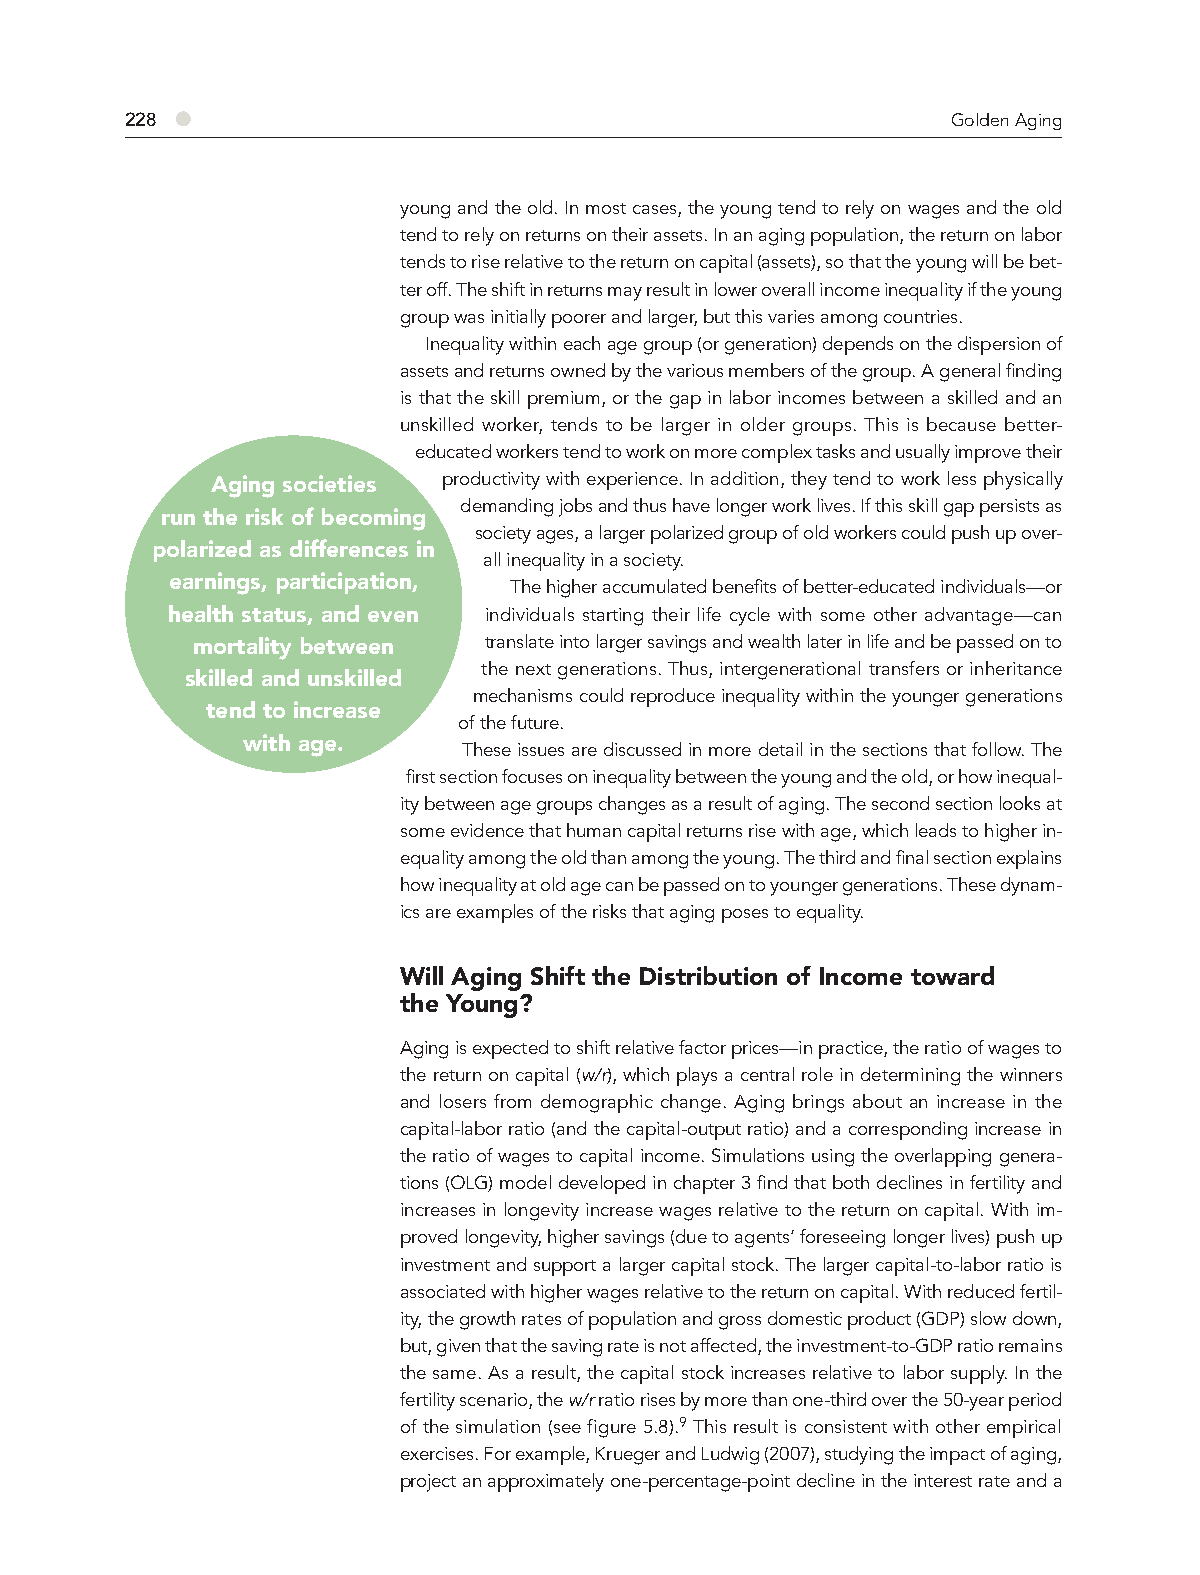
228 ●                                                  Golden Aging
 young and the old. In most cases, the young tend to rely on wages and the old
 tend to rely on returns on their assets. In an aging population, the return on labor
 tends to rise relative to the return on capital (assets), so that the young will be bet-
 ter off. The shift in returns may result in lower overall income inequality if the young
 group was initially poorer and larger, but this varies among countries.
 Inequality within each age group (or generation) depends on the dispersion of
 assets and returns owned by the various members of the group. A general finding
 is that the skill premium, or the gap in labor incomes between a skilled and an
 unskilled worker, tends to be larger in older groups. This is because better-
 educated workers tend to work on more complex tasks and usually improve their
 Aging societies productivity with experience. In addition, they tend to work less physically
 demanding jobs and thus have longer work lives. If this skill gap persists as
 run the risk of becoming
 society ages, a larger polarized group of old workers could push up over-
 polarized as differences in
 all inequality in a society.
 earnings, participation,
 The higher accumulated benefits of better-educated individuals—or
 health status, and even individuals starting their life cycle with some other advantage—can
 mortality between  translate into larger savings and wealth later in life and be passed on to
 the next generations. Thus, intergenerational transfers or inheritance
 skilled and unskilled
 mechanisms could reproduce inequality within the younger generations
 tend to increase
 of the future.
 with age.
 These issues are discussed in more detail in the sections that follow. The
 first section focuses on inequality between the young and the old, or how inequal-
 ity between age groups changes as a result of aging. The second section looks at
 some evidence that human capital returns rise with age, which leads to higher in-
 equality among the old than among the young. The third and final section explains
 how inequality at old age can be passed on to younger generations. These dynam-
 ics are examples of the risks that aging poses to equality.
 Will Aging Shift the Distribution of Income toward
 the Young?
 Aging is expected to shift relative factor prices—in practice, the ratio of wages to
 the return on capital (w/r), which plays a central role in determining the winners
 and losers from demographic change. Aging brings about an increase in the
 capital-labor ratio (and the capital-output ratio) and a corresponding increase in
 the ratio of wages to capital income. Simulations using the overlapping genera-
 tions (OLG) model developed in chapter 3 find that both declines in fertility and
 increases in longevity increase wages relative to the return on capital. With im-
 proved longevity, higher savings (due to agents’ foreseeing longer lives) push up
 investment and support a larger capital stock. The larger capital-to-labor ratio is
 asso ciated with higher wages relative to the return on capital. With reduced fertil-
 ity, the growth rates of population and gross domestic product (GDP) slow down,
 but, given that the saving rate is not affected, the investment-to-GDP ratio remains
 the same. As a result, the capital stock increases relative to labor supply. In the
 fertility scenario, the w/r ratio rises by more than one-third over the 50-year period
 of the simulation (see figure 5.8).9 This result is consistent with other empirical
 exercises. For example, Krueger and Ludwig (2007), studying the impact of aging,
 project an approximately one-percentage-point decline in the interest rate and a